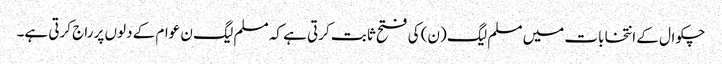
چکوال کے انتخابات میں مسلم لیگ (ن) کی فتح ثابت کرتی ہے کہ مسلم لیگ ن عوام کے دلوں پر راج کرتی ہے۔